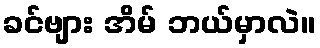
ခင်ဗျား အိမ် ဘယ်မှာလဲ။